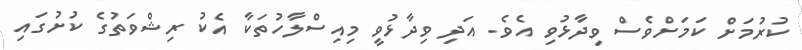
ކުރުމަށް ކަމަށްވެސް ވިދާޅުވި އެވެ. އަދި ވިދާޅުވީ މިއިސްލާހުތަކާ އެކު ރިޝްވަތުގެ ކުށުގައި